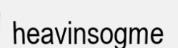
heavinsogme